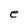
Character: e